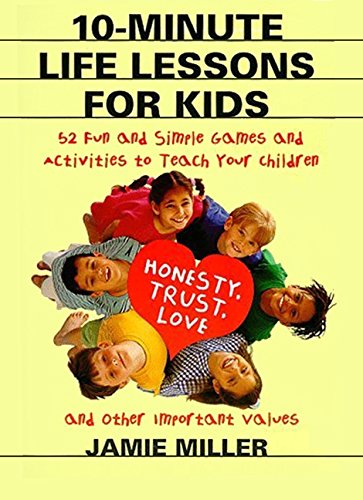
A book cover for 10-Minute Life Lessons for Kids: 52 Fun and Simple Games and Activities to Teach Your Child Honesty, Trust, Love, and Other Important Values; Jamie C. Miller; Parenting & Relationships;